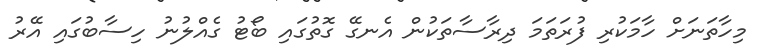
މިހާތަނަށް ހާމަކުރި ފުރަތަމަ ދިރާސާތަކުން އެނގޭ ގޮތުގައި ބޯޓު ގެއްލުނު ހިސާބުގައި އޭރު